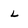
Character: L